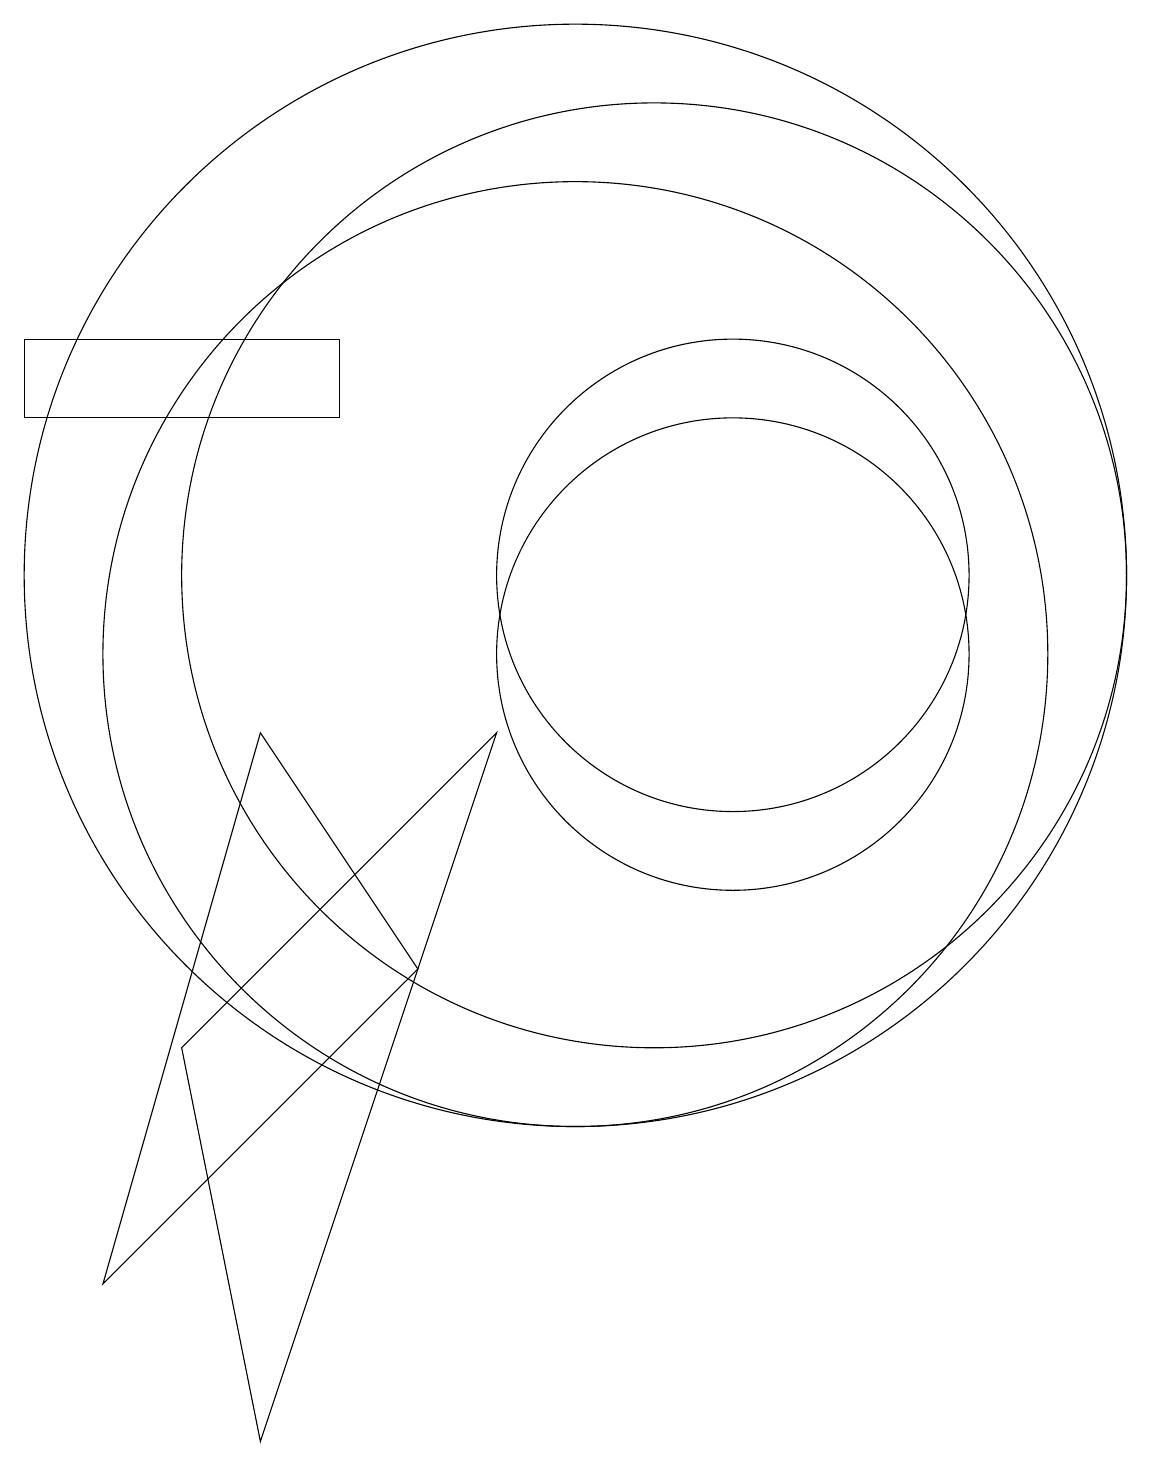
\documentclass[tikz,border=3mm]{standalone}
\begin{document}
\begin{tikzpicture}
\draw (10,10) circle (6);
\draw (12,11) circle (3);
\draw (12,10) circle (3);
\draw (5,5) -- (9,9) -- (6,0) -- cycle;
\draw (4,2) -- (6,9) -- (8,6) -- cycle;
\draw (3,14) rectangle (7,13);
\draw (11,11) circle (6);
\draw (10,11) circle (7);
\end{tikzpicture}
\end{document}